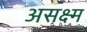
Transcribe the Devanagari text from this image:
असक्ष्म